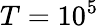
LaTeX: T=10^{5}